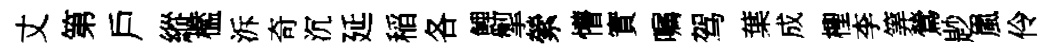
丈第戶縱檻泝奇沉延稲各鯉掣縈懵實嘱驾葉成檉李筭鶯尟嵐伶緹